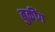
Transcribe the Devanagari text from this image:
बुकींग